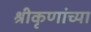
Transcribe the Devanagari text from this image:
श्रीकृणांच्या